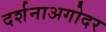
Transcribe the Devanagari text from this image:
दर्शनाअगोदर